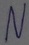
Text: n